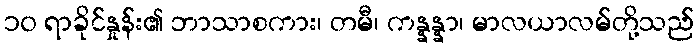
၁၀ ရာခိုင်နှုန်း၏ ဘာသာစကား၊ တမီ၊ ကန္နန္နာ၊ မာလယာလမ်တို့သည်